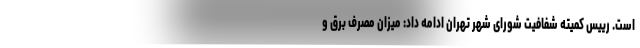
است. رییس کمیته شفافیت شورای شهر تهران ادامه داد: میزان مصرف برق و